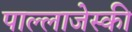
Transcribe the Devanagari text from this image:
पाल्लाजेस्की